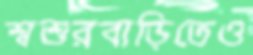
শ্বশুরবাড়িতেও